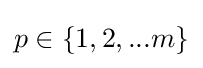
p\in \{1,2,...m\}